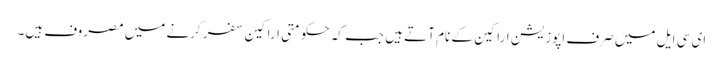
ای سی ایل میں صرف اپوزیشن اراکین کے نام آتے ہیں جب کہ حکومتی اراکین سفر کرنے میں مصروف ہیں۔